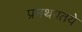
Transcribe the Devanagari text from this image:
प्रमथपतये